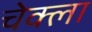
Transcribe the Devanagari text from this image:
चेक्ला